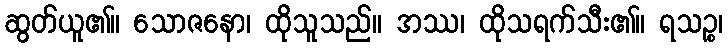
ဆွတ်ယူ၏။ သောဇနော၊ ထိုသူသည်။ အဿ၊ ထိုသရက်သီး၏။ ရသဉ္စ၊